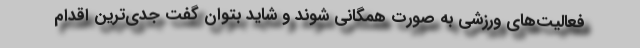
فعالیت‌های ورزشی به صورت همگانی شوند و شاید بتوان گفت جدی‌ترین اقدام